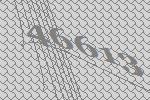
46613